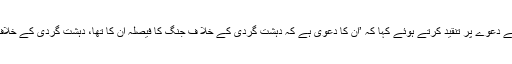
انہوں مسلم لیگ ن کے امن قائم کرنے کے دعوے پر تنقید کرتے ہوئے کہا کہ ’ان کا دعویٰ ہے کہ دہشت گردی کے خلا ف جنگ کا فیصلہ ان کا تھا، دہشت گردی کے خلاف جنگ کا فیصلہ پاک فوج نے کیا تھا‘‘۔